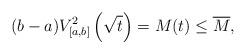
LaTeX: \begin{align*}(b-a)V^2_{[a,b]}\left(\sqrt{t}\right)=M(t)\le \overline{M},\end{align*}